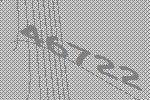
46722